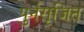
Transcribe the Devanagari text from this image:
पुर्नसृजित